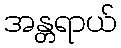
အန္တရာယ်